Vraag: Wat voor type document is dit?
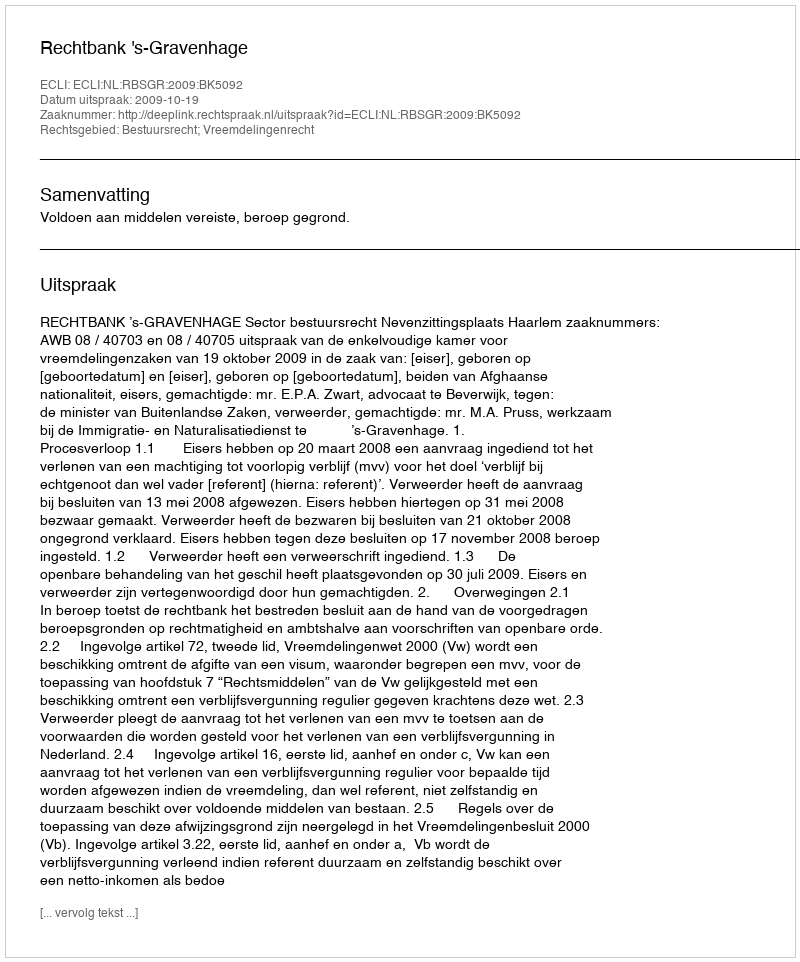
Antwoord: Uitspraak